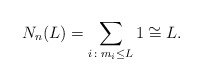
\begin{align*}N_n(L)= \sum_{i\colon m_i \leq L} 1 \cong L. \end{align*}